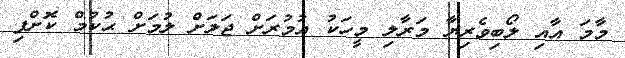
މާމަ އާއި ލޯބިވެރިޔާ މަރާލި މީހަކު އުމުރަށް ޖަލަށް ލުމަށް ޙުކުމް ކޮށްފި